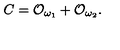
C = { \cal O } _ { \omega _ { 1 } } + { \cal O } _ { \omega _ { 2 } } .